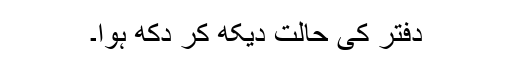
دفتر کی حالت دیکھ کر دُکھ ہوا۔